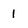
Character: 1